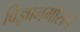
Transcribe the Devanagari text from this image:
विज्ञानमौसम